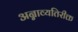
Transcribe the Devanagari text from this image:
अन्नाव्यतिरीक्त